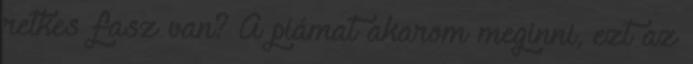
retkes fasz van? A piámat akarom meginni, ezt az